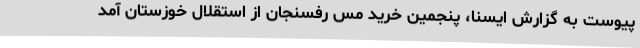
پیوست به گزارش ایسنا، پنجمین خرید مس رفسنجان از استقلال خوزستان آمد